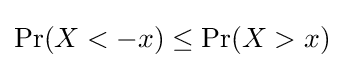
\Pr(X<-x)\leq \Pr(X>x)